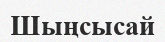
Шыңсысай